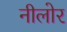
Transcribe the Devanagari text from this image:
नीलोर